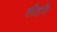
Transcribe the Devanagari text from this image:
शीहणि